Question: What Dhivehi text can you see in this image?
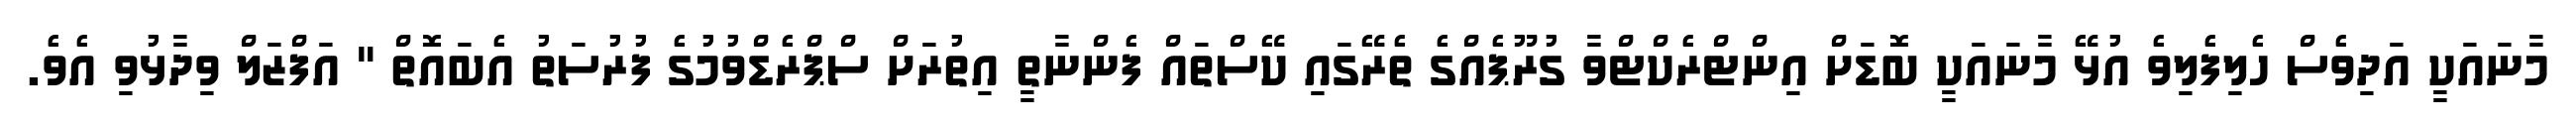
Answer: މާނައަކީ އަދިވެސް ހެލިފެލިވެ އުޅޭ މާނައަކީ ބޮޑަށް އިންޓްރެކްޓްވާ ގުރޫޕެއްގެ ތެރޭގައި ކޭސްތައް ފެންނާތީ އިތުރަށް ސްޕްރެޑްވުމުގެ ފުރުސަތު އެބައޮތް " އަފްޒަލް ވިދާޅުވި އެވެ.